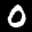
Label: 0